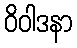
ဝိဝါဒနာ